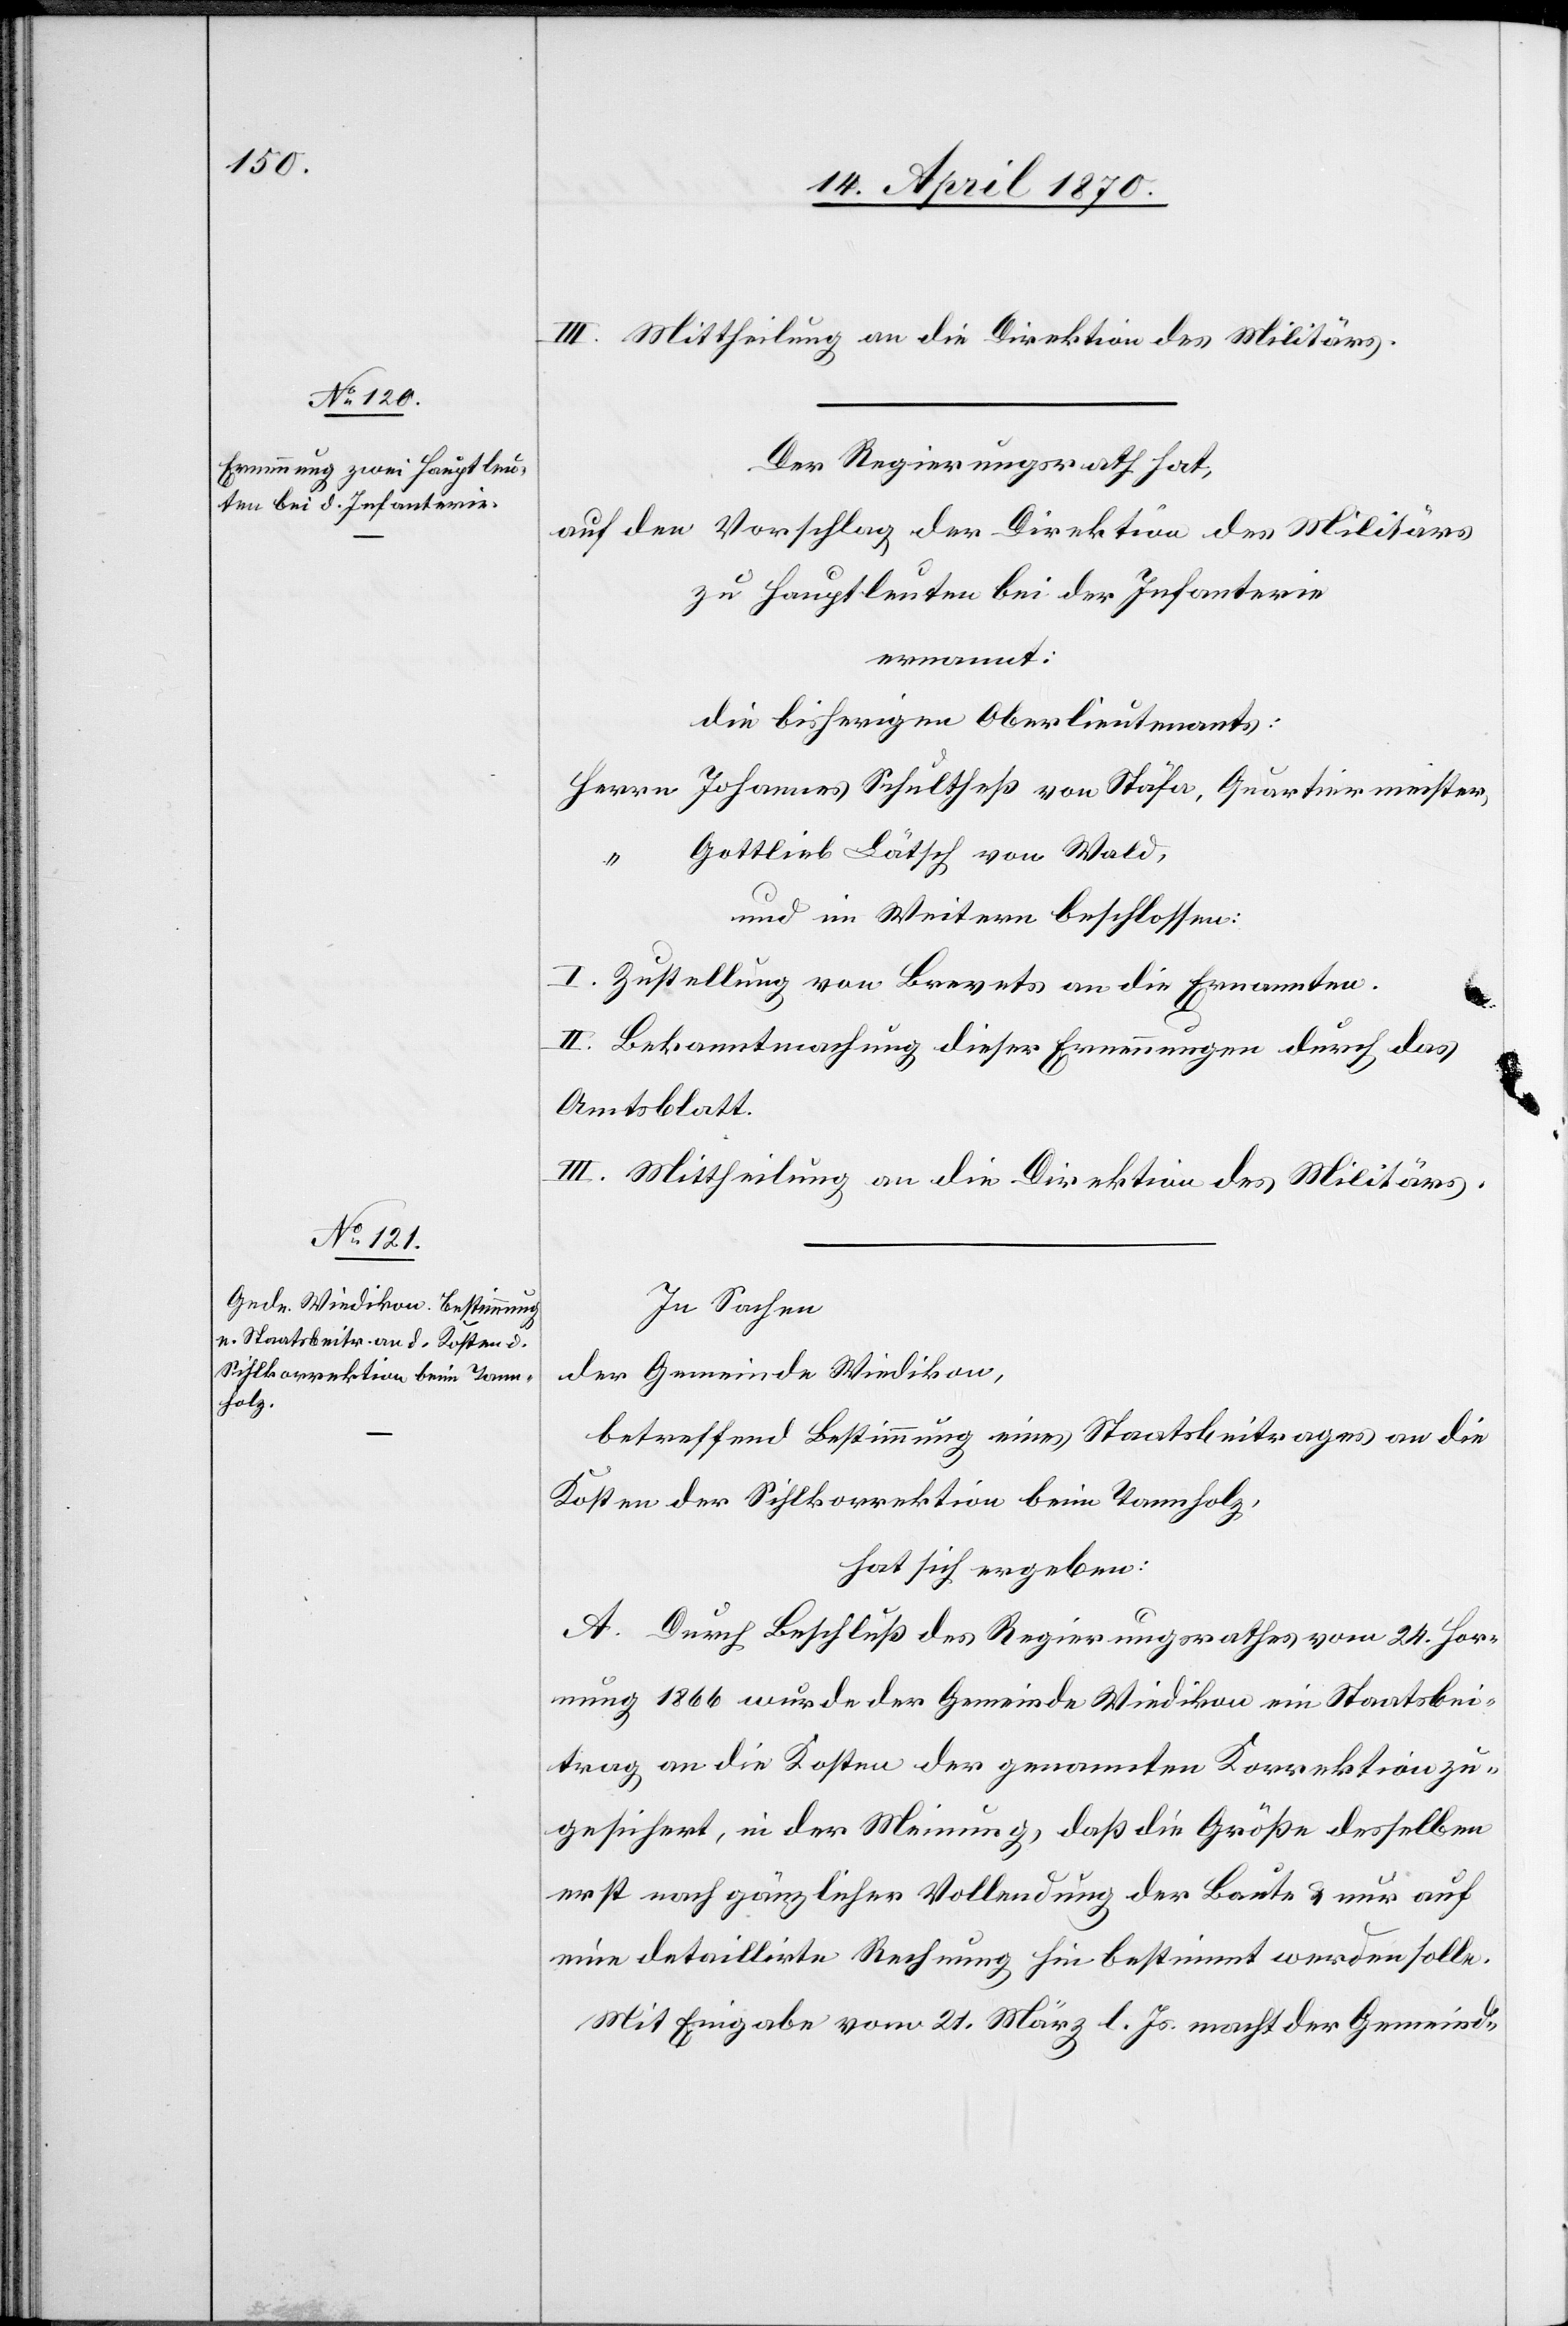
III. Mittheilung an die Direktion des Militärs.
Der Regierungsrath hat,
auf den Vorschlag der Direktion des Militärs
zu Hauptleuten bei der Infanterie
ernannt:
die bisherigen Oberlieutenants:
Herrn Johannes Schultheß von Stäfa, Quartiermeister,
Gottlieb Lätsch von Wald,
und im Weitern beschlossen:
I. Zustellung von Brevets an die Ernannten.
II. Bekanntmachung dieser Ernennungen durch das
Amtsblatt.
III. Mittheilung an die Direktion des Militärs.
In Sachen
der Gemeinde Wiedikon,
betreffend Bestimmung eines Staatsbeitrages an die
Kosten der Sihlkorrektion beim Tannholz,
hat sich ergeben:
A. Durch Beschluß des Regierungsrathes vom 24. Hor¬
nung 1866 wurde der Gemeinde Wiedikon ein Staatsbei¬
trag an die Kosten der genannten Korrektion zu¬
gesichert, in der Meinung, daß die Größe desselben
erst nach gänzlicher Vollendung der Baute & nur auf
eine detaillirte Rechnung hin bestimmt werden solle.
Mit Eingabe vom 21. März l. Js. macht der Gemeind-